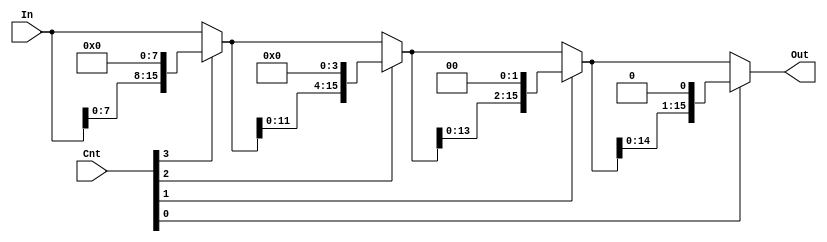
/*
    CS/ECE 552 Spring '20
    Homework #2, Problem 1
    
    A shift left module. Shifts a given input left by
    a specified number of bits.
 */

module shiftLeft(In, Cnt, Out);

    // variable declaration
    input [15:0] In;
    input [3:0] Cnt;
    output [15:0] Out;

    wire [15:0] inter1, inter2, inter3;
    assign inter1 = Cnt[3] ? {In[7:0], 8'b0} : In;
    assign inter2 = Cnt[2] ? {inter1[11:0], 4'b0} : inter1;
    assign inter3 = Cnt[1] ? {inter2[13:0], 2'b0} : inter2;
    assign Out = Cnt[0] ? {inter3[14:0], 1'b0} : inter3;

endmodule